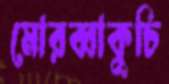
মোরব্বাকুচি